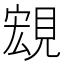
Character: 𧡃